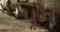
પૂન